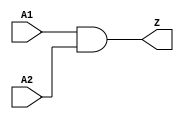
module SO_AN2D4PO4( // @[:@3.2]
  input   A1, // @[:@6.4]
  input   A2, // @[:@6.4]
  output  Z // @[:@6.4]
);
  assign Z = A1 & A2; // @[AN2D4PO4.scala 15:8:@9.4]
endmodule


module AN2D4PO4(
A1,
A2,
Z
);

input A1,A2;
output Z;

assign Z = A1 & A2;

endmodule